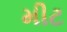
મીટ